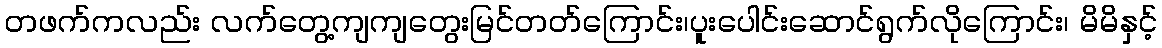
တဖက်ကလည်း လက်တွေ့ကျကျတွေးမြင်တတ်ကြောင်း၊ပူးပေါင်းဆောင်ရွက်လိုကြောင်း၊ မိမိနှင့်